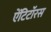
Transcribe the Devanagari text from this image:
ऐंटिटॉरस